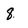
Character: 8